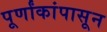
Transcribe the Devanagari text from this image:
पूर्णांकांपासून